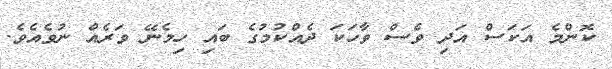
ކޮންމެ އަކަސް އަދި ވެސް ވާހަކަ ދެއްކުމުގެ ބައި ހިމެނޭ ވަރެއް ނުވެއެވެ.